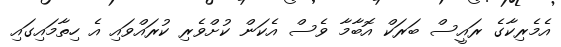
އެމެރިކާގެ ރައީސް ބަރަކް އޮބާމާ ވެސް އެކަން ކުށްވެރި ކުރައްވައި އެ ހިތާމައިގައި